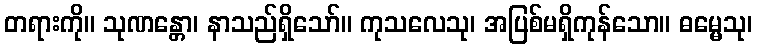
တရားကို။ သုဏန္တော၊ နာသည်ရှိသော်။ ကုသလေသု၊ အပြစ်မရှိကုန်သော။ ဓမ္မေသု၊